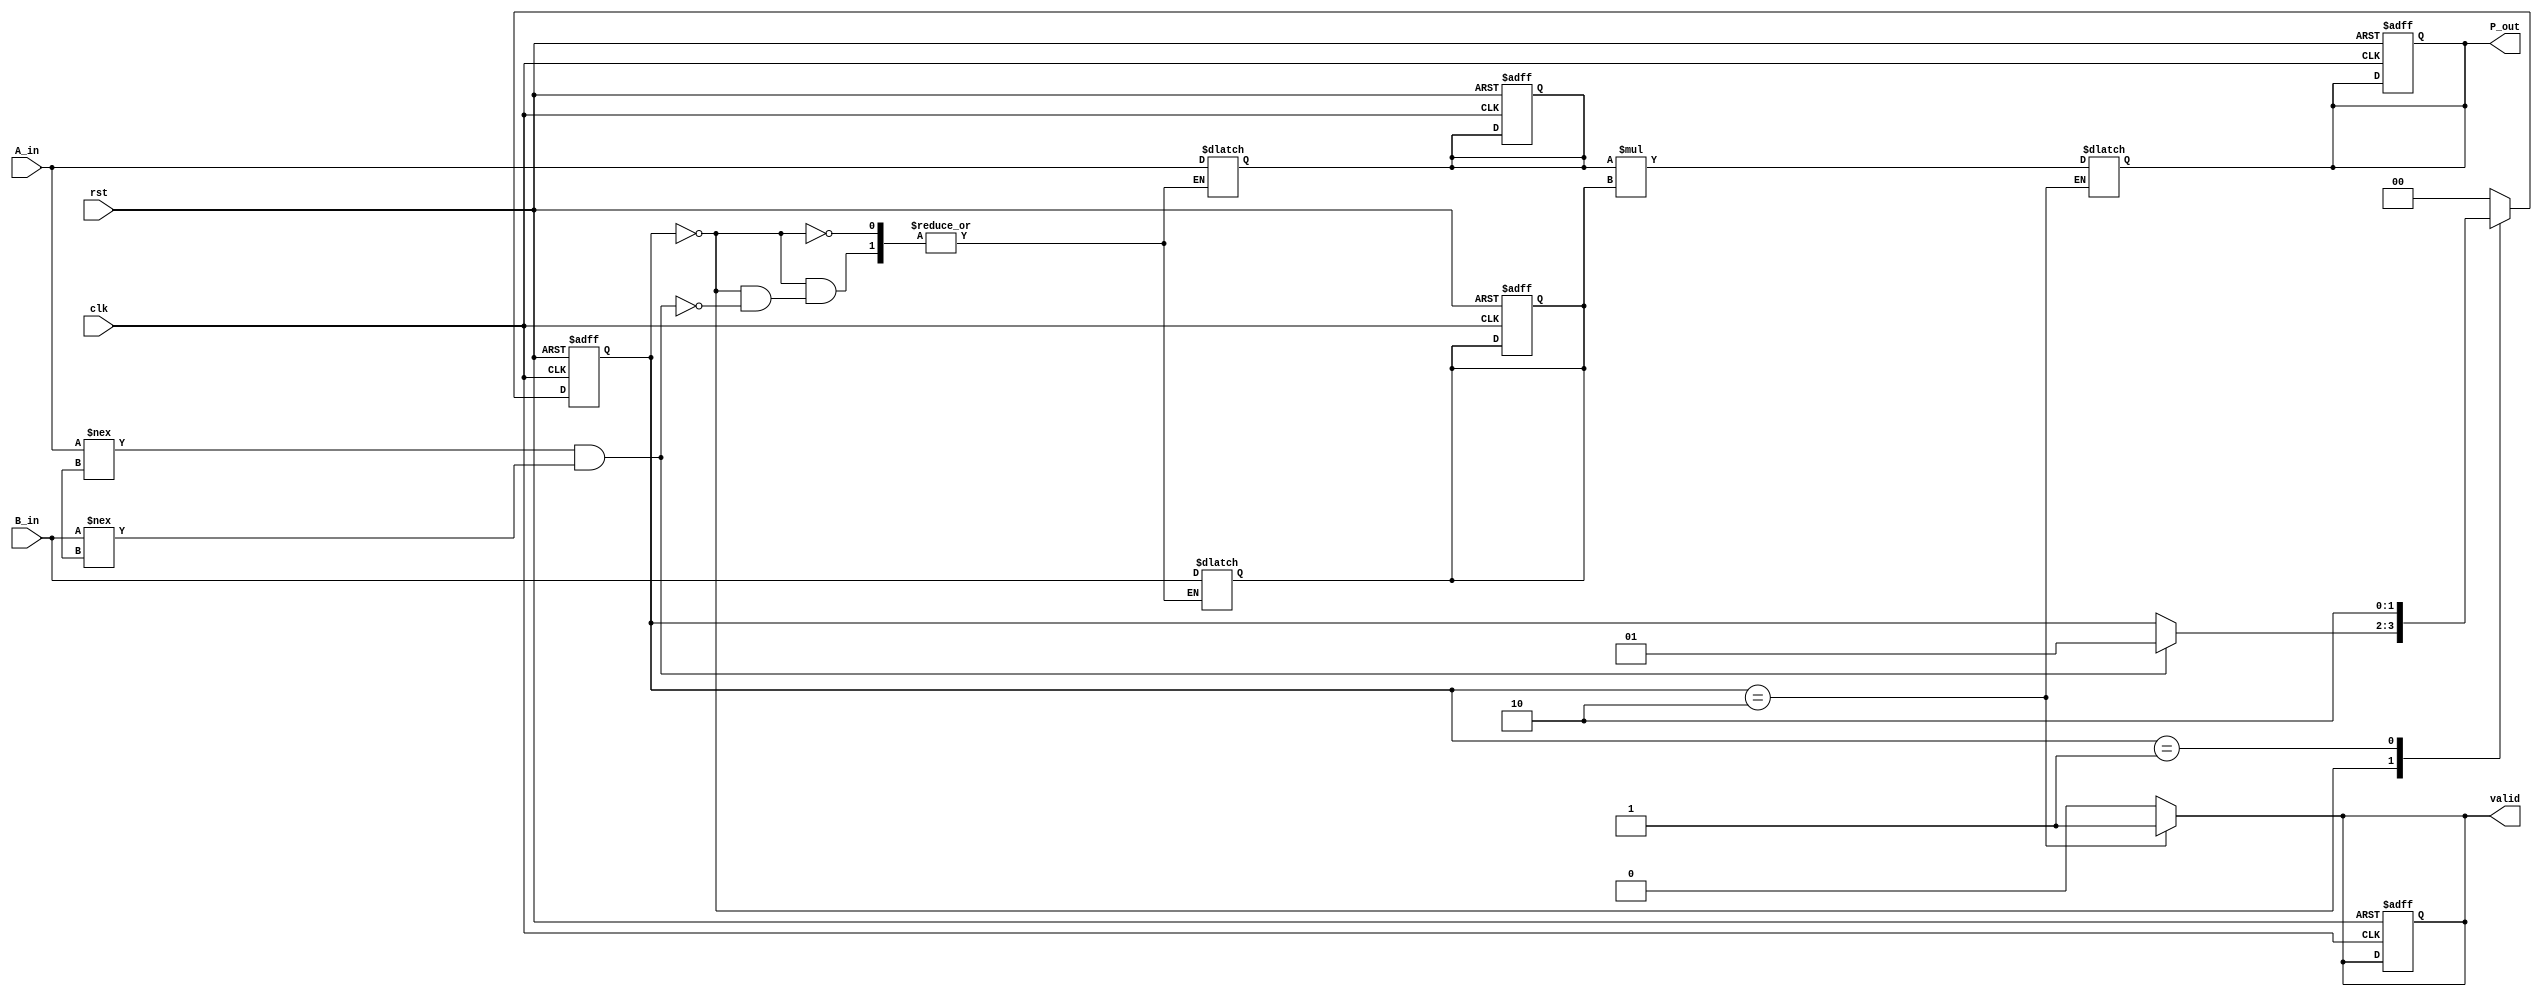
module streaming_multiplier (
    input wire clk,
    input wire rst,
    input wire [15:0] A_in,  // Input data stream A
    input wire [15:0] B_in,  // Input data stream B
    output reg [31:0] P_out,  // Output product stream
    output reg valid          // Valid signal for output
);

    // Internal signals
    reg [15:0] A_buffer;  // Buffer for A_in
    reg [15:0] B_buffer;  // Buffer for B_in
    reg ready;            // Indicates if we have valid data to multiply

    // State machine for control logic
    localparam IDLE = 2'b00, BUFFERING = 2'b01, COMPUTING = 2'b10;
    reg [1:0] state, next_state;

    // Sequential logic for state transition
    always @(posedge clk or posedge rst) begin
        if (rst) begin
            state <= IDLE;
            P_out <= 32'b0;
            valid <= 1'b0;
            A_buffer <= 16'b0;
            B_buffer <= 16'b0;
            ready <= 1'b0;
        end else begin
            state <= next_state;
        end
    end

    // Combinational logic for state transitions and output generation
    always @(*) begin
        next_state = state;
        valid = 1'b0;  // Default valid signal to low

        case (state)
            IDLE: begin
                // Move to BUFFERING state if both inputs are valid
                if (A_in !== 16'bx && B_in !== 16'bx) begin
                    A_buffer = A_in;
                    B_buffer = B_in;
                    next_state = BUFFERING;
                end
            end

            BUFFERING: begin
                // Move to COMPUTING state to calculate the product
                next_state = COMPUTING;
            end

            COMPUTING: begin
                // Compute the product and assert valid signal
                P_out = A_buffer * B_buffer;
                valid = 1'b1;  // Output is valid
                next_state = IDLE;  // Return to IDLE state after computation
            end

            default: begin
                next_state = IDLE;  // Default case
            end
        endcase
    end

endmodule